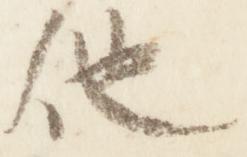
他